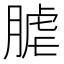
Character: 𦞐